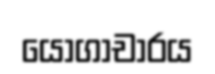
යෝගාචාරය